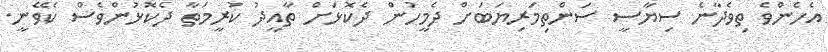
އެހެންވެ ތިވެދާނެ ސިޔާސީ ސަންތިމަރިޔަބަށް ދެމީހުން ދެކޮޅަށް ތާއީދު ކުރީމަތާ ދެކޮޅުންވެސް ކެވޭނީ.